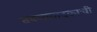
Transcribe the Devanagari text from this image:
तबलावादकाची